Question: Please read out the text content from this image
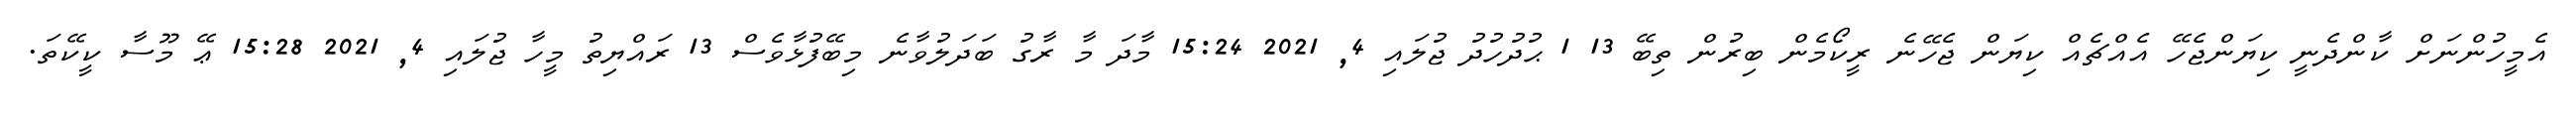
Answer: އެމީހުންނަށް ކާންދެނީ ކިޔަންޖެހޭ އެއްޗެއް ކިޔަން ޖެހޭނެ ރީކޯމެން ބިރުން ތިބޭ 13 1 ޙުދުހުދު ޖުލައި 4, 2021 15:24 މާދަ މާ ރާގު ބަދަލުވާނެ މިބޭފުޅާވެސް 13 ރައްޔިތު މީހާ ޖުލައި 4, 2021 15:28 ޢޭ މޫސާ ކީކޭތަ.